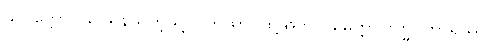
သပတ္တောဝိယ၊ ရန်သူကဲ့သို့။ (တထာ၊ ထို့အတူ၊) မေတ္တာဗြဟ္မဝိဟာရဿ၊